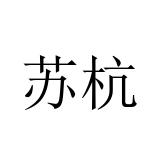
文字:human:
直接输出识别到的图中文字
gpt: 苏杭